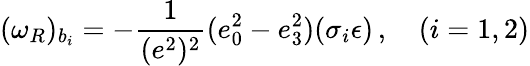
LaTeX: (\omega_{R})_{b_{i}}=-\frac 1{(e^{2})^{2}}(e_{0}^{2}-e_{3}^{2})(\sigma_{i}\epsilon)\, ,\quad(i=1,2)